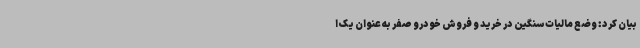
بیان کرد: وضع مالیات سنگین در خرید و فروش خودرو صفر به عنوان یک ا